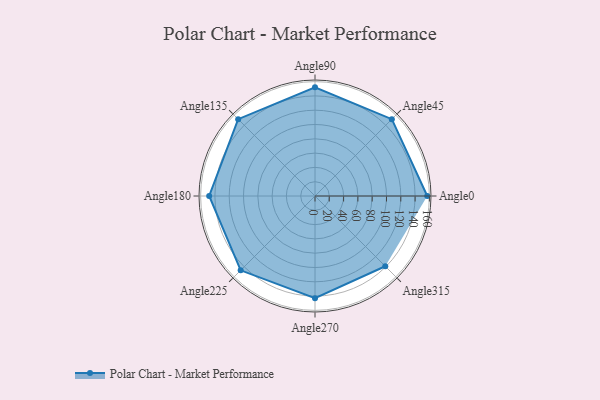
{"axis": {"x": "Angle", "y": "Radius"}, "legend": [""], "data": [{"x": "Angle0", "y": 157.0, "type": ""}, {"x": "Angle45", "y": 152.0, "type": ""}, {"x": "Angle90", "y": 152.0, "type": ""}, {"x": "Angle135", "y": 152.0, "type": ""}, {"x": "Angle180", "y": 148.0, "type": ""}, {"x": "Angle225", "y": 147.0, "type": ""}, {"x": "Angle270", "y": 143.0, "type": ""}, {"x": "Angle315", "y": 139.0, "type": ""}]}